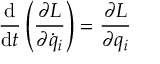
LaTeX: { \frac { \mathrm { d } } { \mathrm { d } t } } \left( { \frac { \partial L } { \partial { \dot { q } } _ { i } } } \right) = { \frac { \partial L } { \partial q _ { i } } }